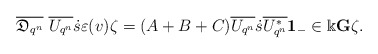
\begin{align*}\overline{\mathfrak{D}_{q^n}}\ \overline{U_{q^n}}\dot{s}\varepsilon(v)\zeta=(A+B+C) \overline{U_{q^n}} \dot{s} \overline{U^*_{q^n}}{\bf 1}_{-} \in \Bbbk {\bf G}\zeta.\end{align*}